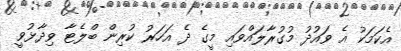
އެކަމަކު އެ ވައުދު މުގުރާލައްވައި މީގެ ދެ އަހަރު ކުރިން ބްލެޓާ ވިދާޅުވީ